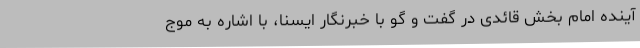
آینده امام بخش قائدی در گفت و گو با خبرنگار ایسنا، با اشاره به موج